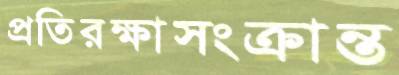
প্রতিরক্ষাসংক্রান্ত